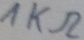
Text: 1KΩ